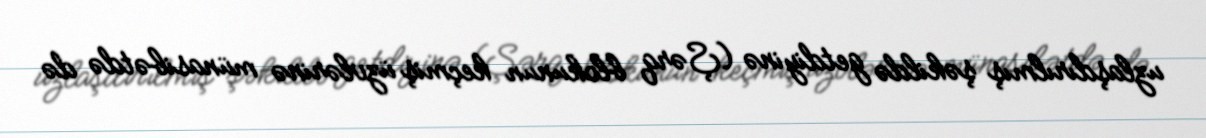
uzlaşdırılmış şəkildə getdiyinə (Şərq blokunun keçmiş üzvlərinə münasibətdə də